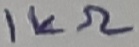
Text: 1KΩ